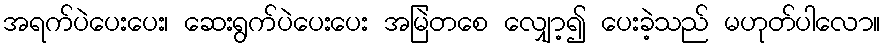
အရက်ပဲပေးပေး၊ ဆေးရွက်ပဲပေးပေး အမြဲတစေ လျှော့၍ ပေးခဲ့သည် မဟုတ်ပါလော။